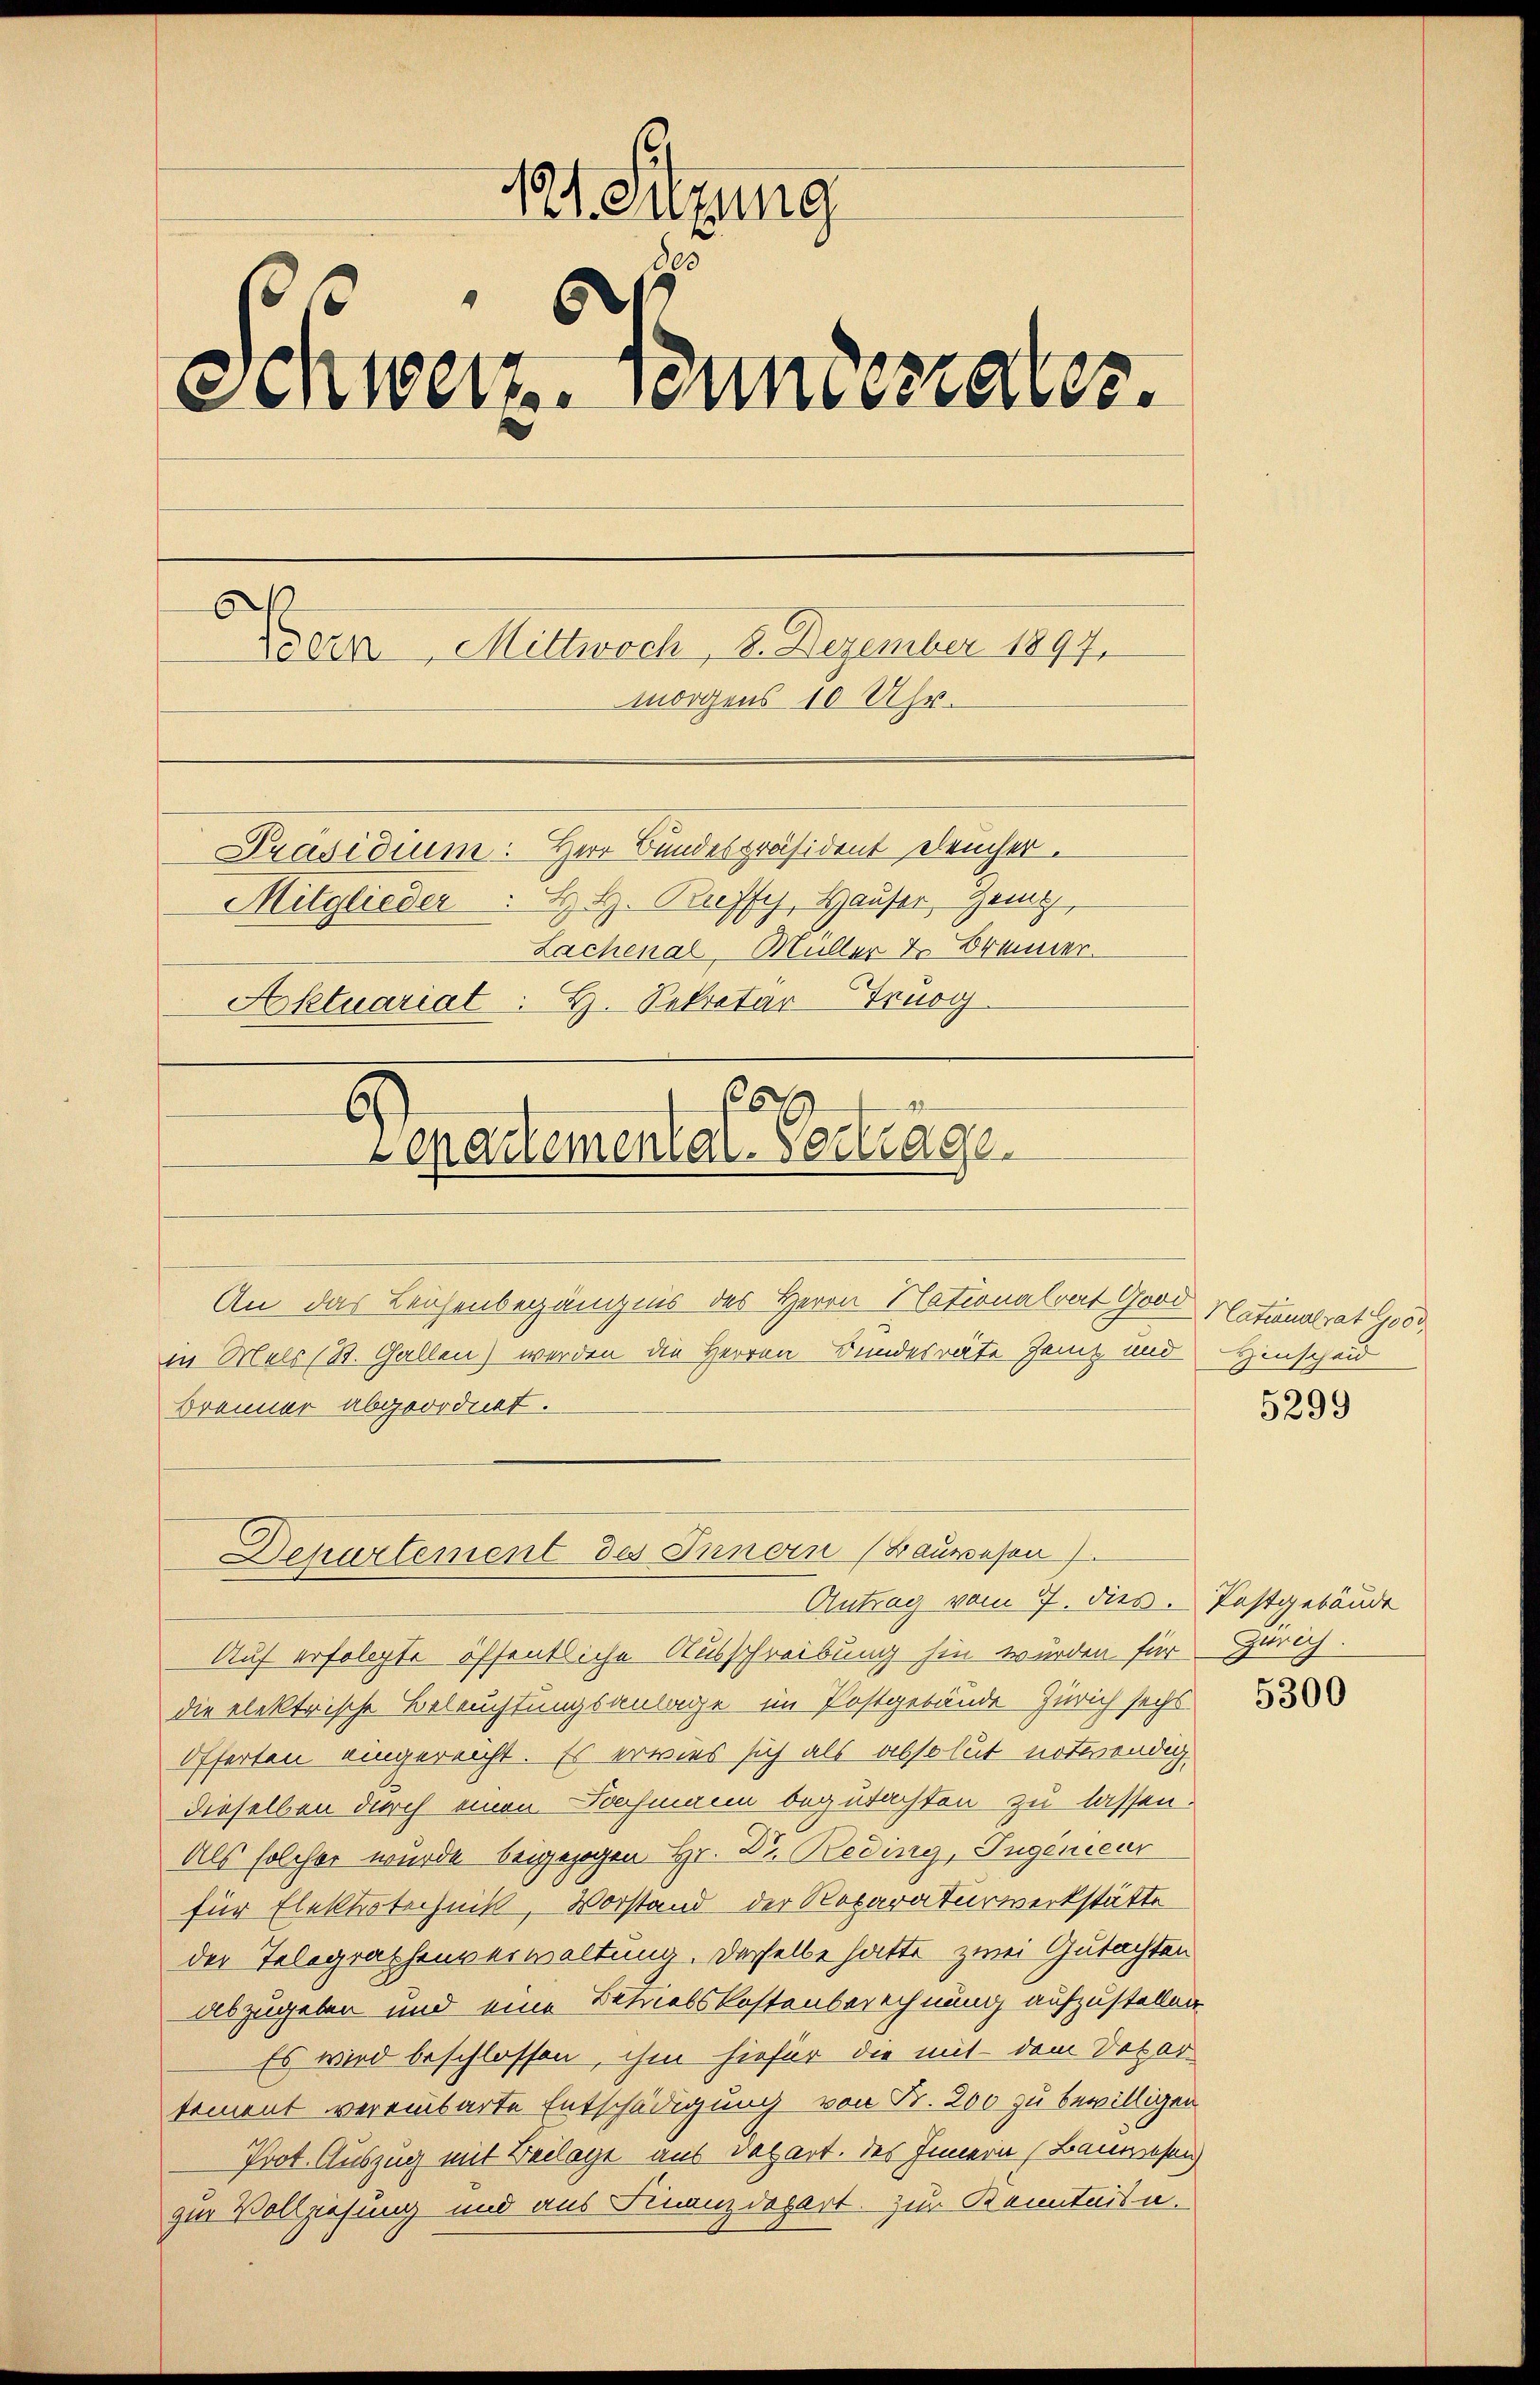
i
Sitzung
p
einwert immerrates.
Bern Mittwoch, 2. Dezember 1897.
morgens 10 Uhr.
Präsidium: Herr Bundespräsident eleucher.
Mitglieder. H. H. Puffy, Hauser, Genz,
Lachenal-Müller & Brenner
Aktuariat. H. Sekretar-Truoy
f 6 x
47
E
Lenartementar Vortrage
An das Leichenbegängnis des Herrn Nationalrat Good Nationalrat. 1000.
in Mels (St. Gallen) werden die Herren Bundesräte Zeit und
Brenner abgeordnet.

Auf erfolgte öffentliche Ausschreibung hin wurden für Zürich.
die elektrische Beleuchtungsanlage im Postgebäude Zürich sechs
Offerten eingereicht. Es erwies sich als absolut notwendig
dieselben durch einen Dochmann begutachten zu lassen.
Als solcher wurde beigezogen Hr. Dr. Reding, Jugenieur
für Elektrotechnitt, Vorstand der Reparaturwerkstätte
der Telegraphenverwaltung. Derselbe hatte zwei Gutachten
abzugeben und eine Betriebskostenberechnung aufzustellen
Es wird beschlossen, ihm hiefür die mit dem Depar
tement vereinbarte Entschädigung von Fr. 200 zu bewilligen
Prot. Auszug mit Beilage aus Depart. des Innern (Bauwesen
zur Vollziehung und aus Finanzdepart. Zur Kenntnisn.

Departement des Innern (Bauwesen)
Antrag vom 7. dies. Postgebäude

Hinscheid

5299

5300